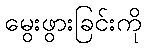
မွေးဖွားခြင်းကို